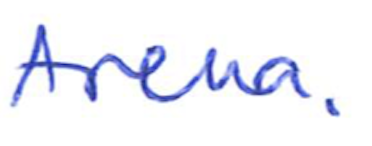
Text: Arena.
Cross-out: clean
Writing tool: ballpoint